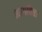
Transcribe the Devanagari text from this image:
भागविता